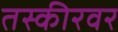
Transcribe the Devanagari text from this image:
तस्कीरवर